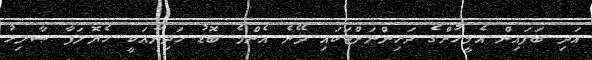
އަދި ބަފައިން އެމީހުންގެ ދަރިންނަށްޓަކައި ދޭނެ އެންމެ ބޮޑު ހަދިޔާއަކީ ހެޔޮލަފާ ޞާލިހު